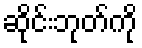
ဆိုင်းဘုတ်ကို